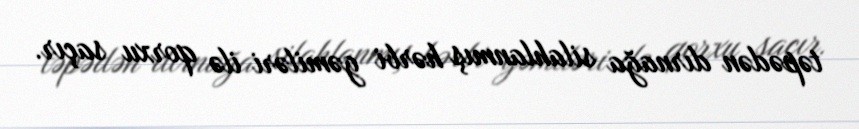
təpədən dırnağa silahlanmış hərbi gəmiləri ilə qorxu saçır.